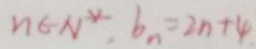
n \in N ^ { \ast } , b _ { n } = 2 n + 4 .